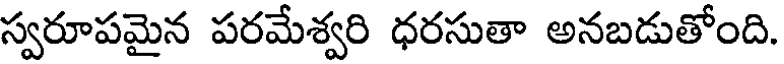
స్వరూపమైన పరమేశ్వరి ధరసుతా అనబడుతోంది.